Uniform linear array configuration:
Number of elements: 48
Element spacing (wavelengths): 0.75
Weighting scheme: binomial
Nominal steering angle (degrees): -60
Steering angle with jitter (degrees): -58.925
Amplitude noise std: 0.05
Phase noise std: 0.05

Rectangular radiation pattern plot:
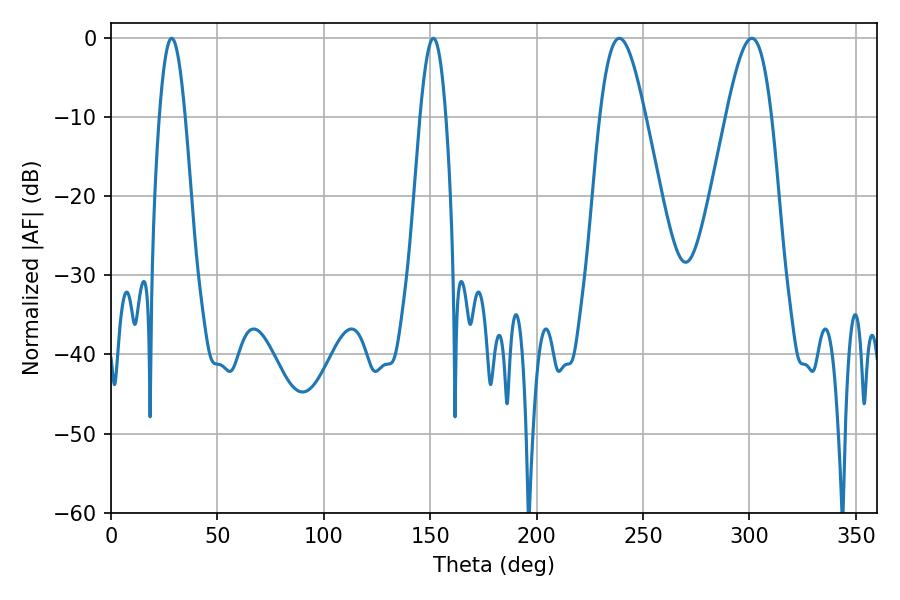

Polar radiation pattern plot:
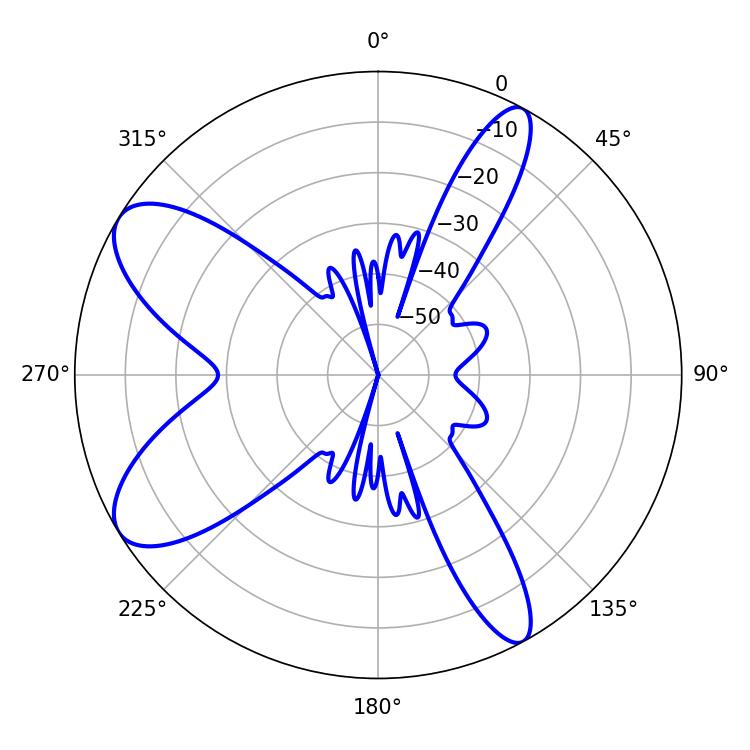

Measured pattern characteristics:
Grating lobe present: TRUE
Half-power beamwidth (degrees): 11.34
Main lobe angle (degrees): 238.86